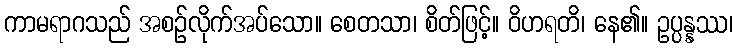
ကာမရာဂသည် အစဉ်လိုက်အပ်သော။ စေတသာ၊ စိတ်ဖြင့်။ ဝိဟရတိ၊ နေ၏။ ဥပ္ပန္နဿ၊